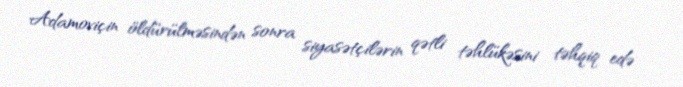
Adamoviçin öldürülməsindən sonra siyasətçilərin qətli təhlükəsini təhqiq edə